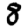
Digit: 8